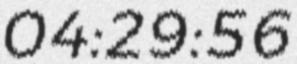
04:29:56